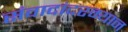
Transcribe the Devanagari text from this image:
संवादांदरम्यान